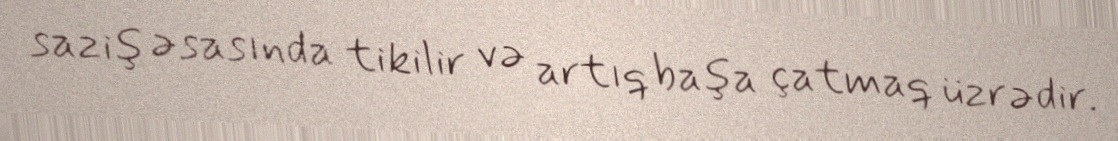
saziş əsasında tikilir və artıq başa çatmaq üzrədir.